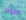
الفؤاد